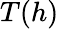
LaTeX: T(h)